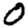
Digit: 0